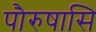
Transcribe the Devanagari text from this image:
पौरुषासि